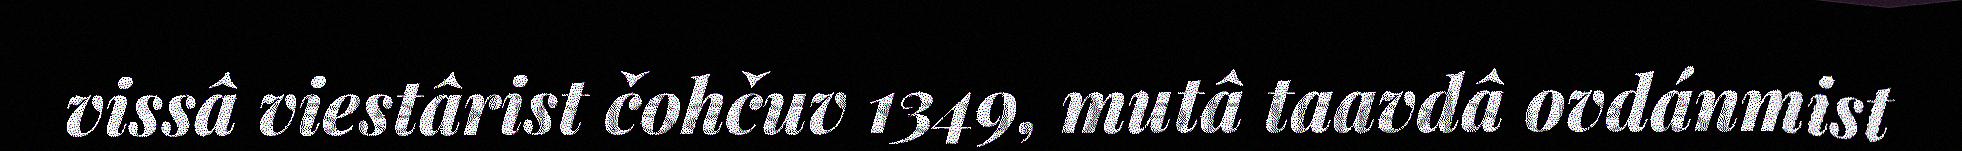
vissâ viestârist čohčuv 1349, mutâ taavdâ ovdánmist